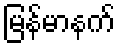
မြန်မာနက်